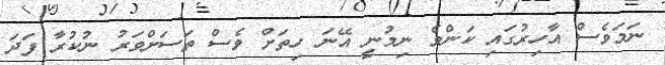
ނަމަވެސް އާހިރުގައި ކަންވެ ނިމުނީ އޭނަ ހިތަށް ވެސް ތަސަށްވަރު ނުކުރާ ފަދަ